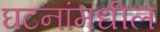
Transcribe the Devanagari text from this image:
घटनांमधील